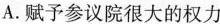
A.赋予参议院很大的权力